Indian journal of veterinary science and animal husbandry - Volumes 22-23, 1952-1953
Year: 1952
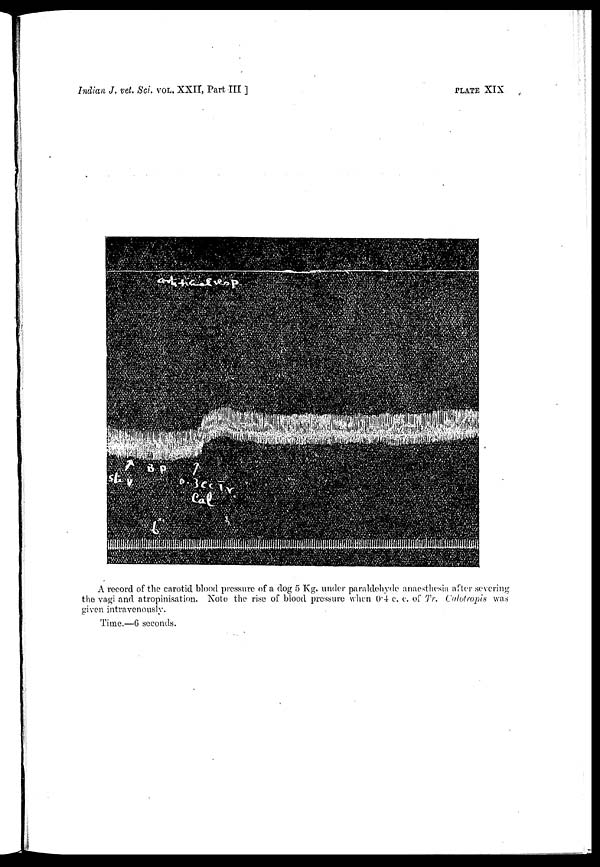
Indian J. vet. Sci. VOL, XXII, Part III ]
PLATE XIX
A record of the carotid blood pressure of a dog 5 Kg. under paraldehyde anaesthesia after severing
the vagi and atropinisation. Note the rise of blood pressure when 0.4 c. c. of Tr. Calotropis was
given intravenously.
Time.—6 seconds.